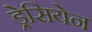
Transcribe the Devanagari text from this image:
ड्रेसियेन